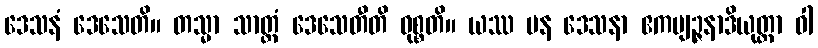
ဒေသနံ ဒေသေတိ။ တသ္မာ သာတ္ထံ ဒေသေတီတိ ဝုစ္စတိ။ ယဿ ပန ဒေသနာ ဧကဗျဉ္ဇနာဒိယုတ္တာ ဝါ